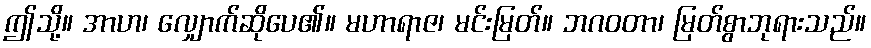
ဤသို့။ အာဟ၊ လျှောက်ဆိုပေ၏။ မဟာရာဇ၊ မင်းမြတ်။ ဘဂဝတာ၊ မြတ်စွာဘုရားသည်။